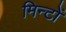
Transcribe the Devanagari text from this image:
मिन्टों